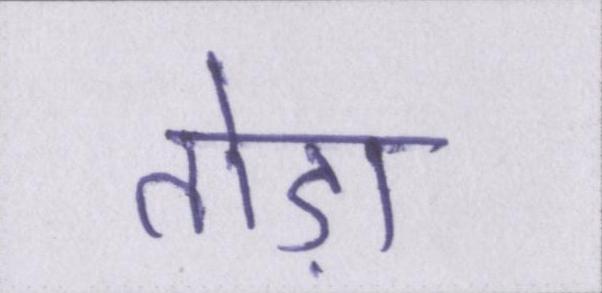
तोड़ा